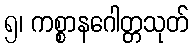
၅၊ ကစ္စာနဂေါတ္တသုတ်